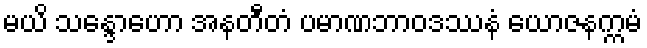
မယိ သန္ဒောဟော အနတီတံ ပမာဏဘာဝဒဿနံ ယောဇနက္ကမံ